system: You are a helpful assistant.
user:
Analyze the provided spectrum to determine if it is a **S-type Star**.

- **Key Indicators for S-type Star:**

    - **(Overall Spectrum Shape):** The first and most obvious characteristic is the overall continuum (the "baseline" shape). It is **extremely "red-sloping,"** meaning the flux (light intensity) is very low on the left side (blue, ~4000-4500 Å) and rises steeply and continuously toward the right side (red, ~7000 Å+).

    - **(Primary):** The spectrum is defined by the presence of strong, broad molecular absorption "valleys" (bands) from **Zirconium Oxide (ZrO)**. The identification of these bands is the **primary requirement** for classifying a star as S-type.
        - **(Key Bandheads):** You must find distinct, deep "dips" where the light has been absorbed. The most critical band systems to locate are:
            - **~6474 Å** ($\gamma$-system): This is often the strongest and clearest ZrO feature, found in the red part of the spectrum.
            - **~5718 Å** & **~5551 Å** ($\beta$-system): A pair of prominent absorption features in the yellow-orange part of the spectrum.
            - **~4640 Å** ($\alpha$-system): A key absorption band system in the blue-green region of the spectrum.

    - **(Secondary Confirmation):** The classification is strengthened by finding additional absorption bands from other related heavy element oxides, which are expected to be present alongside ZrO.
        - **(Key Bandheads):**
            - **Yttrium Oxide (YO):** Look for absorption dips near **~4800 Å** and **~6100 Å**.
            - **Lanthanum Oxide (LaO):** Additional absorption features, particularly in the red-orange part of the spectrum, are also characteristic.

    - **(Line Profile):** The combination of the steep red continuum and these numerous, deep molecular bands (ZrO, YO, etc.) gives the entire spectrum a very **"chopped-up"** or **"bumpy"** appearance. Instead of a smooth curve, the spectrum looks as though large, wide chunks of light have been "carved out" of it at the specific wavelengths listed above.

Think first, call **spectral_visualization_tool** if needed to examine features in detail, then provide your final answer. Your response must adhere to the following strict rules:
1.  **Overall Structure:** Your response must follow the format `<think>...</think> <tool_call>...</tool_call> (if a tool is used) <answer>...</answer>`.
2.  **Tool Usage Constraint:** You may only make **one** tool call per turn.
3.  **Final Answer Format:** In the `<answer>` tag, your conclusion must be inside a `\boxed{}` command (e.g., `\boxed{YES}` or `\boxed{NO}`), followed by your justification.

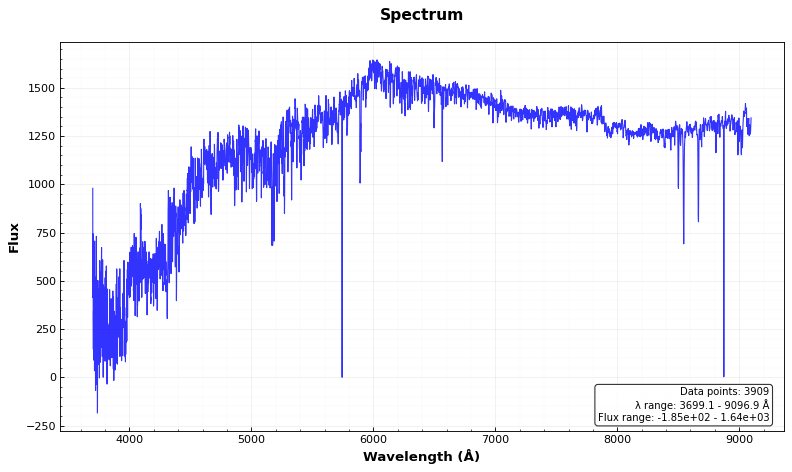
Answer: NO